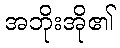
အဘိုးအို၏